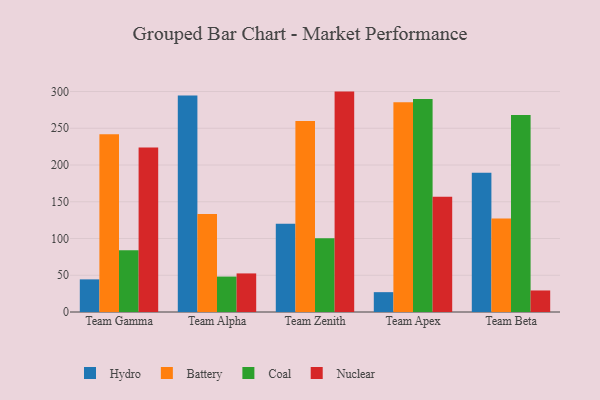
{"axis": {"x": "Team", "y": "Population (Million)"}, "legend": ["Battery", "Coal", "Hydro", "Nuclear"], "data": [{"x": "Team Gamma", "y": 44.4, "type": "Hydro"}, {"x": "Team Gamma", "y": 242.0, "type": "Battery"}, {"x": "Team Gamma", "y": 84.1, "type": "Coal"}, {"x": "Team Gamma", "y": 223.7, "type": "Nuclear"}, {"x": "Team Alpha", "y": 294.5, "type": "Hydro"}, {"x": "Team Alpha", "y": 133.4, "type": "Battery"}, {"x": "Team Alpha", "y": 48.2, "type": "Coal"}, {"x": "Team Alpha", "y": 52.5, "type": "Nuclear"}, {"x": "Team Zenith", "y": 120.0, "type": "Hydro"}, {"x": "Team Zenith", "y": 259.8, "type": "Battery"}, {"x": "Team Zenith", "y": 100.4, "type": "Coal"}, {"x": "Team Zenith", "y": 299.9, "type": "Nuclear"}, {"x": "Team Apex", "y": 27.0, "type": "Hydro"}, {"x": "Team Apex", "y": 285.5, "type": "Battery"}, {"x": "Team Apex", "y": 289.7, "type": "Coal"}, {"x": "Team Apex", "y": 156.7, "type": "Nuclear"}, {"x": "Team Beta", "y": 189.5, "type": "Hydro"}, {"x": "Team Beta", "y": 127.3, "type": "Battery"}, {"x": "Team Beta", "y": 267.9, "type": "Coal"}, {"x": "Team Beta", "y": 29.3, "type": "Nuclear"}]}